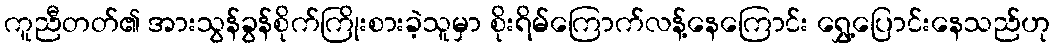
ကူညီတတ်၏ အားသွန်ခွန်စိုက်ကြိုးစားခဲ့သူမှာ စိုးရိမ်ကြောက်လန့်နေကြောင်း ရွှေ့ပြောင်းနေသည်ဟု